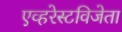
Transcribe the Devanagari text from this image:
एव्हरेस्टविजेता